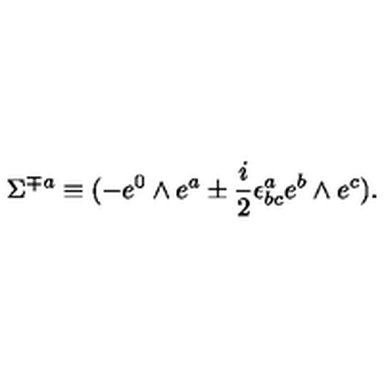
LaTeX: \Sigma ^ { { \mp } a } \equiv ( - e ^ { 0 } \wedge e ^ { a } \pm { \frac { i } { 2 } } \epsilon ^ { a } _ { b c } e ^ { b } \wedge e ^ { c } ) .